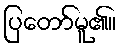
ပြတော်မူ၏။